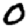
Digit: 0